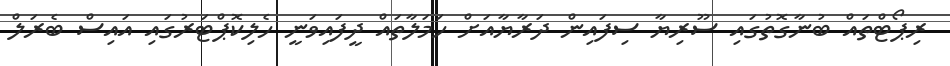
ރިޕޯޓްތައް ބުނާގޮތުގައި ސޫރިޔާ ސިފައިން ދަރާޔާއަށް ހަމަލާތައް ދީފައިވަނީ ހެލިކޮޕްޓަރުގައި އައިސް ބެރަލް